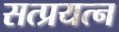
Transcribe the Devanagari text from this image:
सत्प्रयत्न